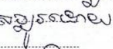
សម្បូរដោយ